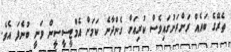
ތެރޭގެ ބައެއް ރަށްރަށުގައިވެސް ކުރިއަށް ގެންދާނެ ކަމަށް އެމްޓީސީސީން ވަނީ ބުނެފަ އެވެ.